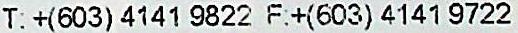
T: +(603) 4141 9822 F:+(603) 4141 9722